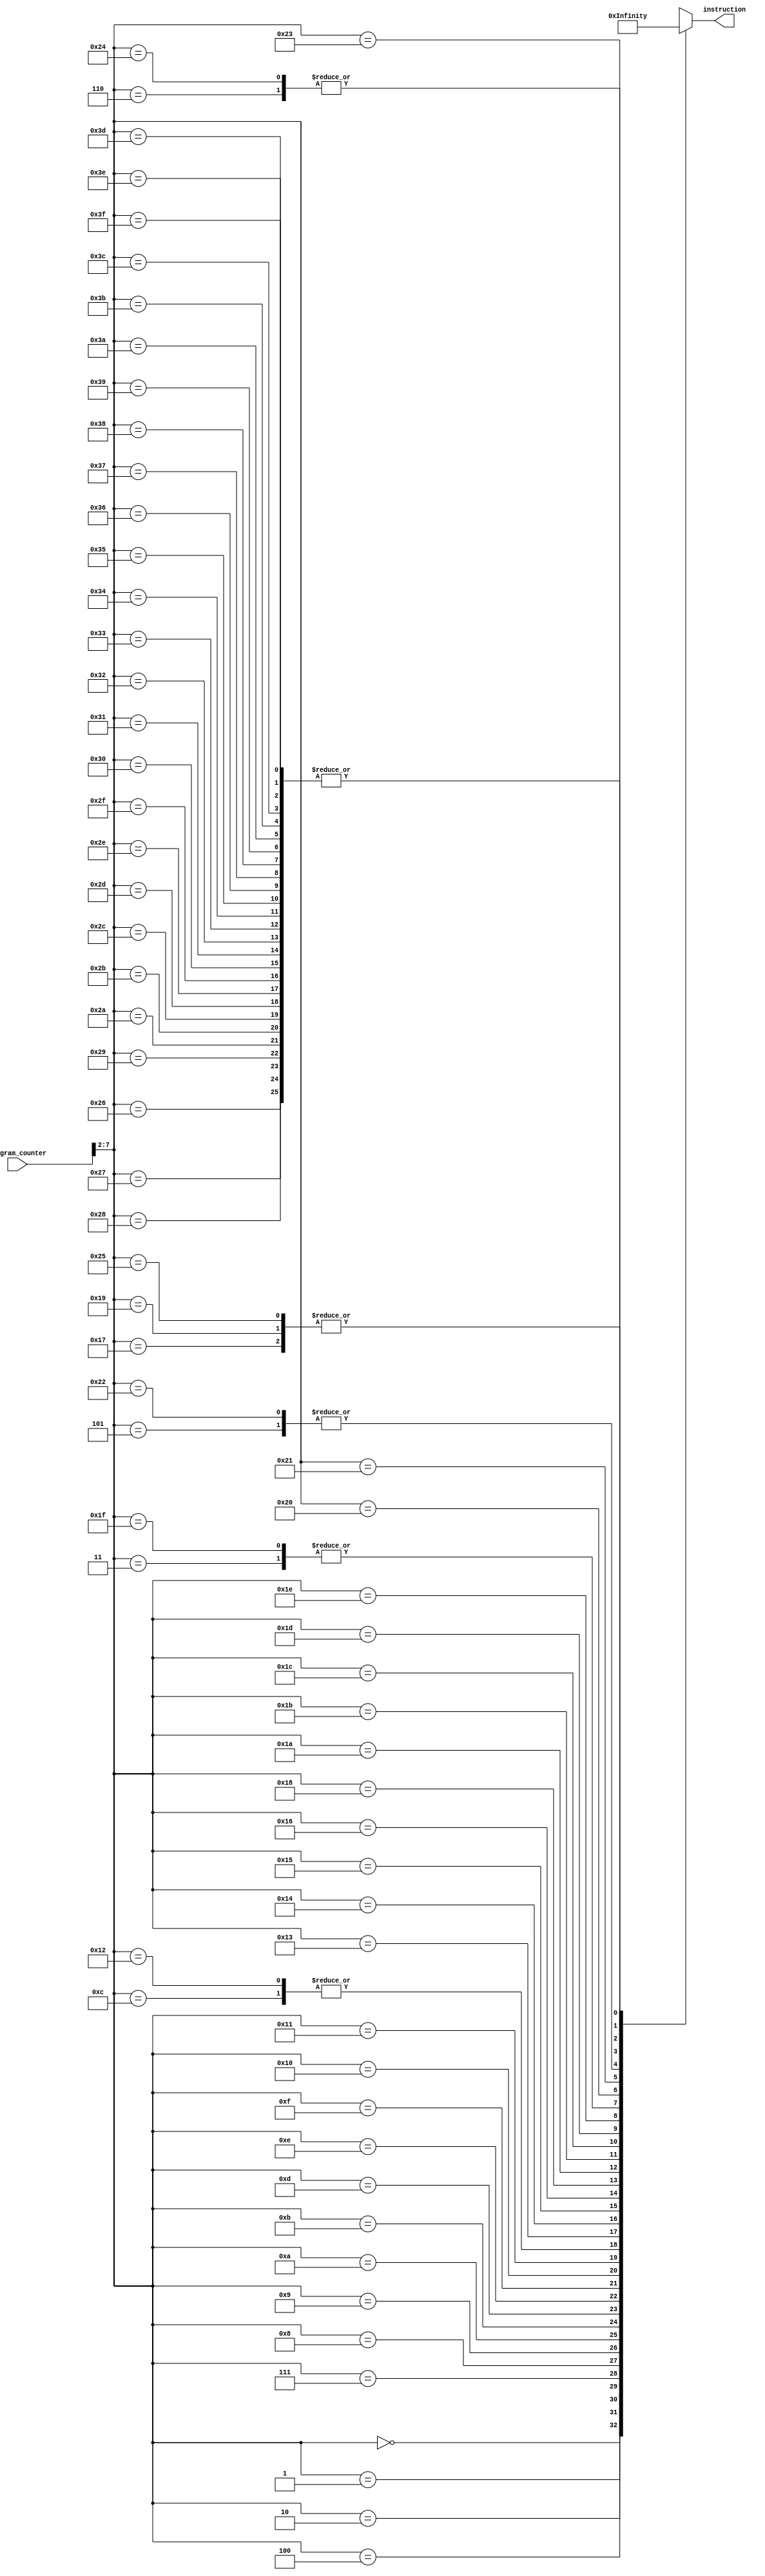
module ascii(
    input   [31:0]  program_counter,
    output  [31:0]  instruction,
);
wire   [31:0] rom [0:63];
assign rom[6'h00] = 32'b11000000000000000000100100110111; //
assign rom[6'h01] = 32'b10100000000000000000100110110111; //
assign rom[6'h02] = 32'b00000000000000000000001010010011; //
assign rom[6'h03] = 32'b00000000000000000000001100010011; //
assign rom[6'h04] = 32'b00000101000000000000011010010011; //
assign rom[6'h05] = 32'b11111111111111110000011100110111; //
assign rom[6'h06] = 32'b00000000111010011010000000100011; //
assign rom[6'h07] = 32'b00000000000010011010010100000011; //
assign rom[6'h08] = 32'b00010000000001010111010110010011; //
assign rom[6'h09] = 32'b11111110000001011000110011100011; //
assign rom[6'h0a] = 32'b00001111111101010111010110010011; //
assign rom[6'h0b] = 32'b00000000010001011101010100010011; //
assign rom[6'h0c] = 32'b00000010000000000000000011101111; //
assign rom[6'h0d] = 32'b00000011010000000000000011101111; //
assign rom[6'h0e] = 32'b00000000111101011111010100010011; //
assign rom[6'h0f] = 32'b00000001010000000000000011101111; //
assign rom[6'h10] = 32'b00000010100000000000000011101111; //
assign rom[6'h11] = 32'b00000010000000000000010100010011; //
assign rom[6'h12] = 32'b00000010000000000000000011101111; //
assign rom[6'h13] = 32'b11111101000111111111000001101111; //
assign rom[6'h14] = 32'b11111111011101010000001110010011; //
assign rom[6'h15] = 32'b00000000011100000100011001100011; //
assign rom[6'h16] = 32'b00000011000001010000010100010011; //
assign rom[6'h17] = 32'b00000000000000001000000001100111; //
assign rom[6'h18] = 32'b00000011011101010000010100010011; //
assign rom[6'h19] = 32'b00000000000000001000000001100111; //
assign rom[6'h1a] = 32'b00000000101010010010000000100011; //
assign rom[6'h1b] = 32'b00000000010010010000100100010011; //
assign rom[6'h1c] = 32'b00000000000100110000001100010011; //
assign rom[6'h1d] = 32'b00000000110100110001011001100011; //
assign rom[6'h1e] = 32'b00000000000100101000001010010011; //
assign rom[6'h1f] = 32'b00000000000000000000001100010011; //
assign rom[6'h20] = 32'b00000000100000101001111000010011; //
assign rom[6'h21] = 32'b00000000011011100110111000110011; //
assign rom[6'h22] = 32'b11111111111111110000011100110111; //
assign rom[6'h23] = 32'b00000001110001110110011100110011; //
assign rom[6'h24] = 32'b00000000111010011010000000100011; //
assign rom[6'h25] = 32'b00000000000000001000000001100111; //
assign rom[6'h26] = 32'b00000000000000000000000000000000; //
assign rom[6'h27] = 32'b00000000000000000000000000000000; //
assign rom[6'h28] = 32'b00000000000000000000000000000000; //
assign rom[6'h29] = 32'b00000000000000000000000000000000; //
assign rom[6'h2a] = 32'b00000000000000000000000000000000; //
assign rom[6'h2b] = 32'b00000000000000000000000000000000; //
assign rom[6'h2c] = 32'b00000000000000000000000000000000; //
assign rom[6'h2d] = 32'b00000000000000000000000000000000; //
assign rom[6'h2e] = 32'b00000000000000000000000000000000; //
assign rom[6'h2f] = 32'b00000000000000000000000000000000; //
assign rom[6'h30] = 32'b00000000000000000000000000000000; //
assign rom[6'h31] = 32'b00000000000000000000000000000000; //
assign rom[6'h32] = 32'b00000000000000000000000000000000; //
assign rom[6'h33] = 32'b00000000000000000000000000000000; //
assign rom[6'h34] = 32'b00000000000000000000000000000000; //
assign rom[6'h35] = 32'b00000000000000000000000000000000; //
assign rom[6'h36] = 32'b00000000000000000000000000000000; //
assign rom[6'h37] = 32'b00000000000000000000000000000000; //
assign rom[6'h38] = 32'b00000000000000000000000000000000; //
assign rom[6'h39] = 32'b00000000000000000000000000000000; //
assign rom[6'h3a] = 32'b00000000000000000000000000000000; //
assign rom[6'h3b] = 32'b00000000000000000000000000000000; //
assign rom[6'h3c] = 32'b00000000000000000000000000000000; //
assign rom[6'h3d] = 32'b00000000000000000000000000000000; //
assign rom[6'h3e] = 32'b00000000000000000000000000000000; //
assign rom[6'h3f] = 32'b00000000000000000000000000000000; //
assign instruction = rom[program_counter[7:2]];

endmodule